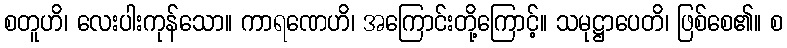
စတူဟိ၊ လေးပါးကုန်သော။ ကာရဏေဟိ၊ အကြောင်းတို့ကြောင့်။ သမုဋ္ဌာပေတိ၊ ဖြစ်စေ၏။ စ